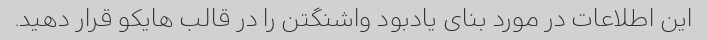
این اطلاعات در مورد بنای یادبود واشنگتن را در قالب هایکو قرار دهید.